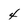
Character: 4